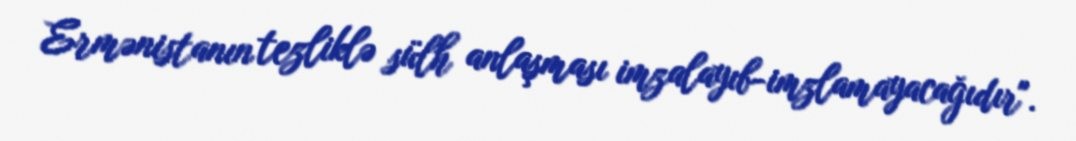
Ermənistanın tezliklə sülh anlaşması imzalayıb-imzlamayacağıdır".